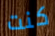
كنت